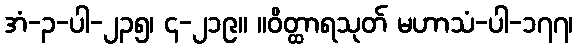
အံ-၃-ပါ-၂၃၅၊ ၄-၂၁၉။ ။ဝိတ္ထာရသုတ် မဟာသံ-ပါ-၁၇၇၊